Magi,_Artur, lk 49
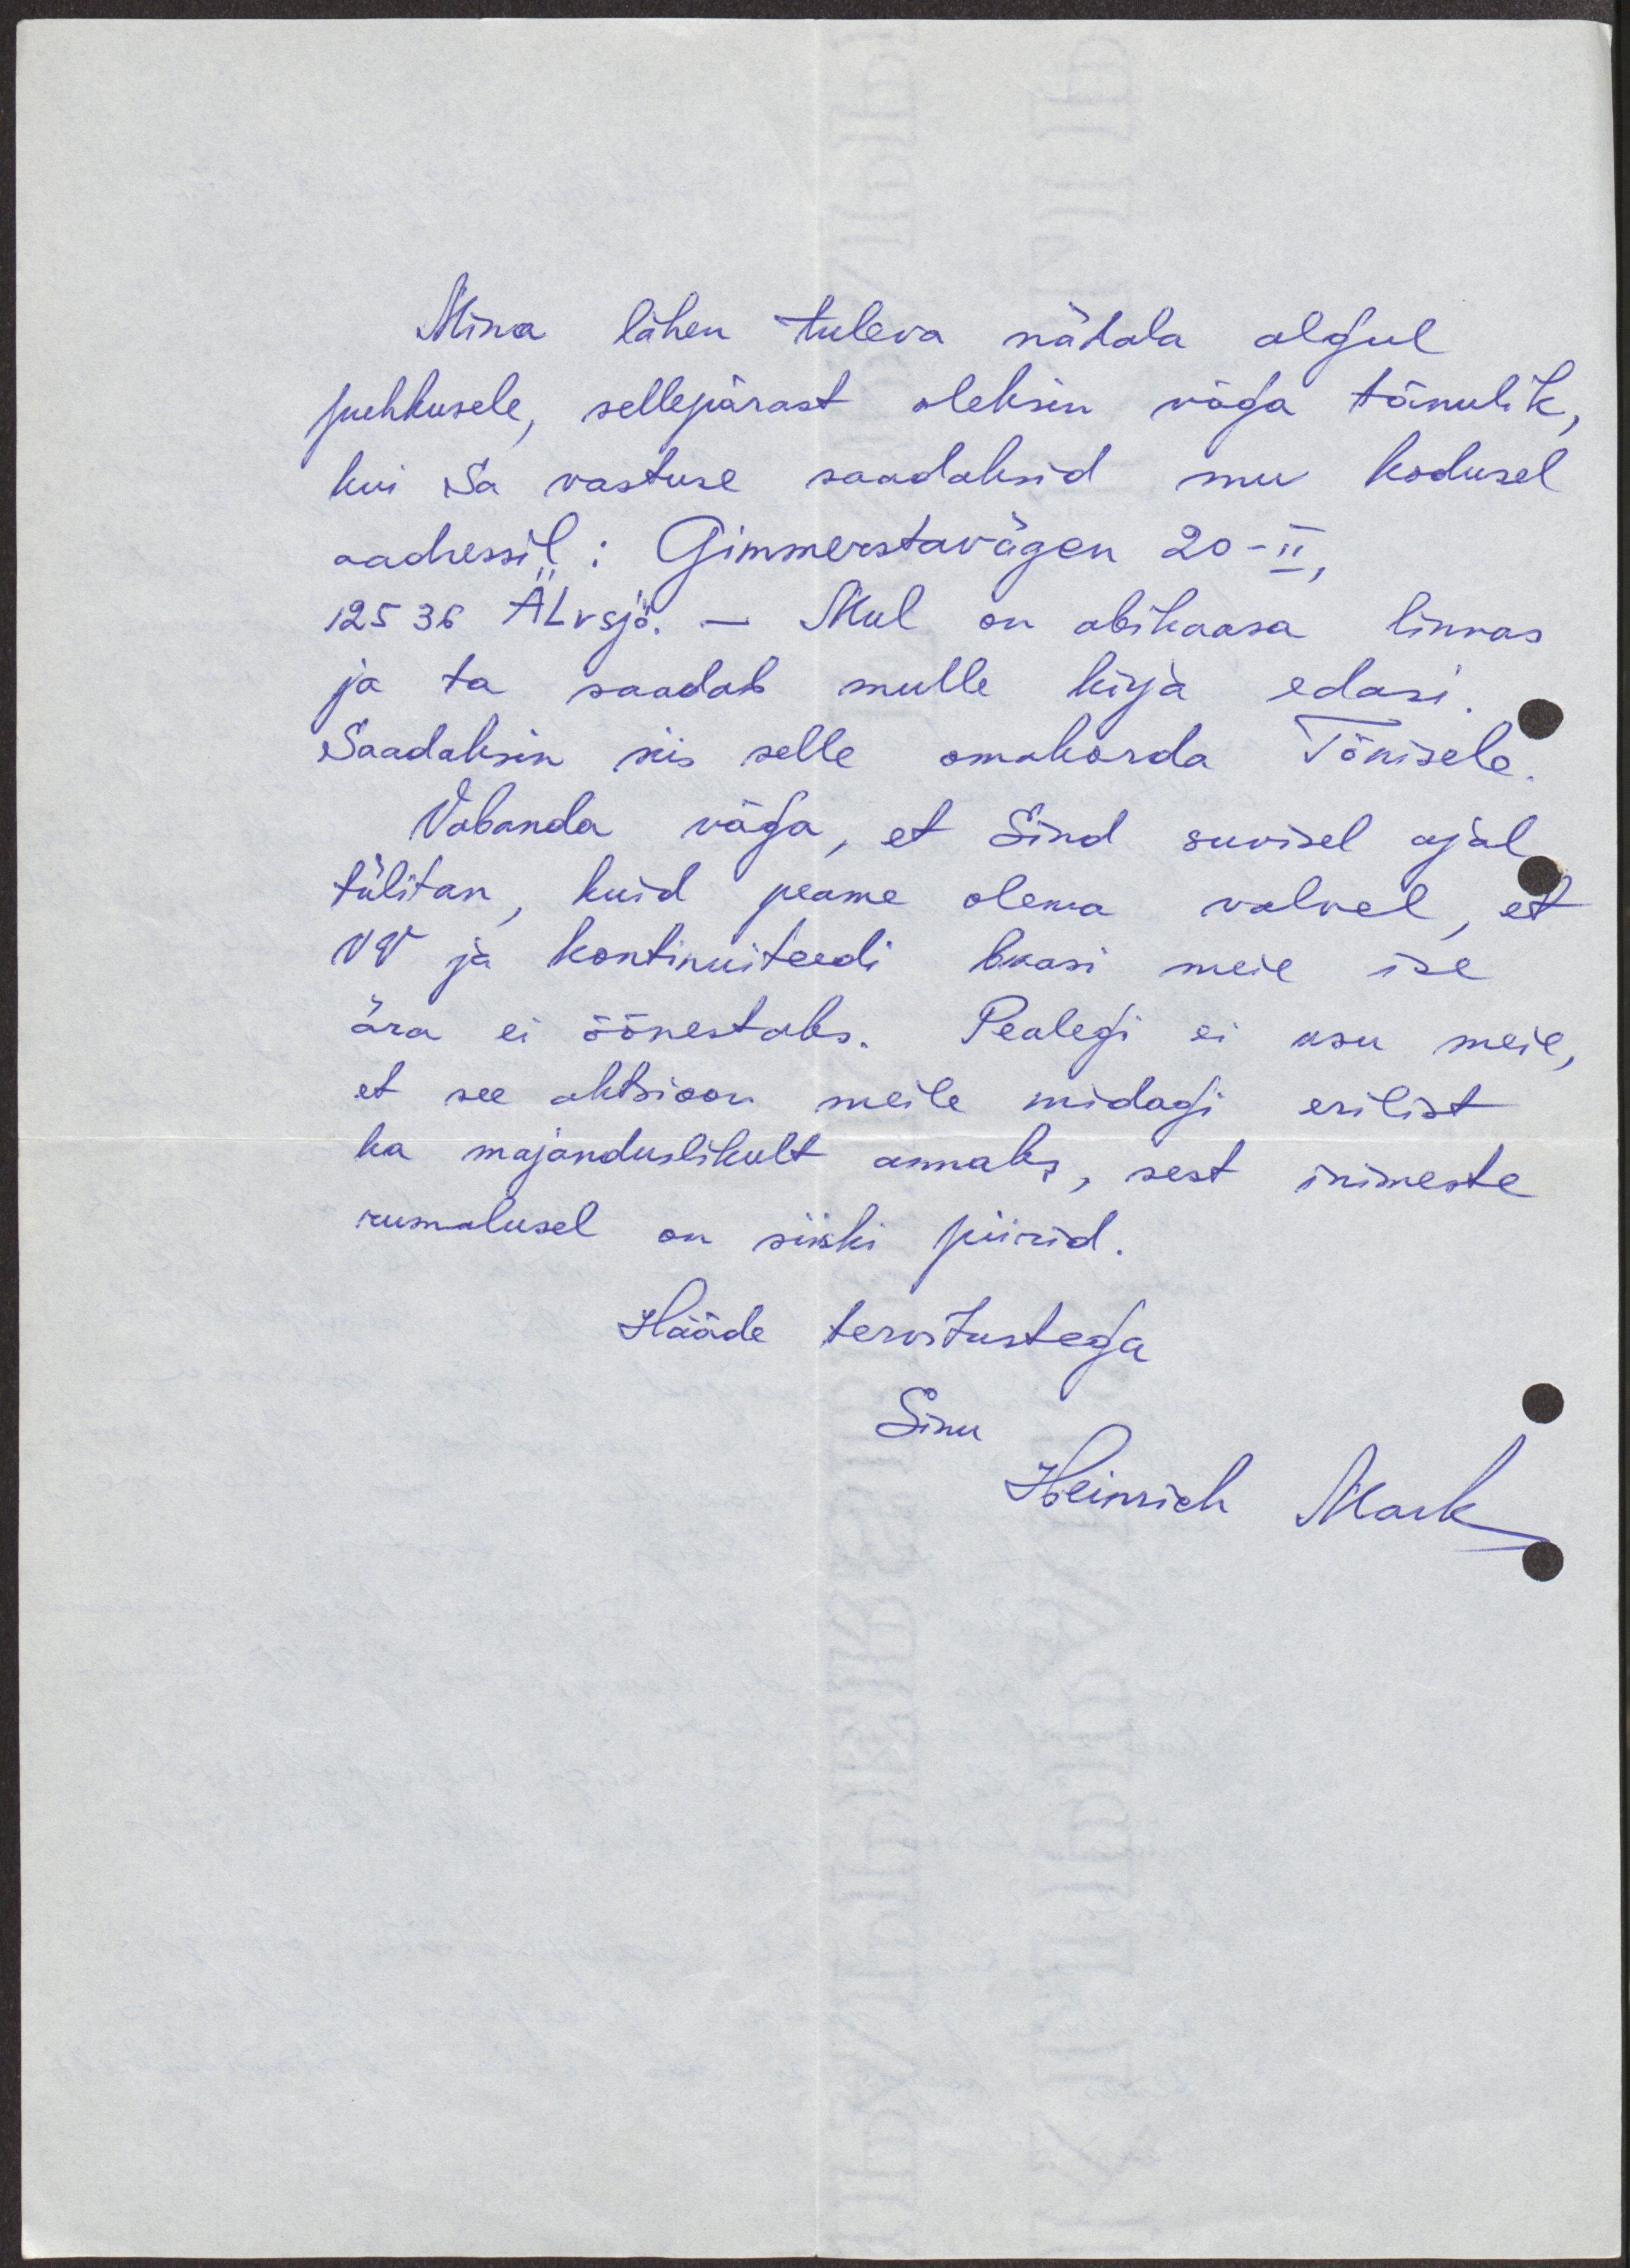
Mina lähen tuleva nädala algul
puhkusele, sellepärast oleksin väga tänulik,
kui ka vastuse saadaksid mu kodusel
aadressil: Gimmerstavägen 20-II,
12536 Älvsjö. - Mul on abikaasa linnas
ja ta saadab mulle kirja edasi
Saadaksin siis selle omakorda Tõnisele
Vabanda väga, et Sind suvisel ajal
tülitan, kuid peame olema valvel, et
VV ja kontinuiteedi baasi meie ise
ära ei õõnestaks. Pealegi ei usu meie,
et see aktsioon meile midagi erilist
ka majanduslikult annaks, sest inimeste
rumalusel on siiski piirid.
Hääde tervitustega
Sinu
Heinrich Mark